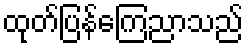
ထုတ်ပြန်ကြေညာသည်